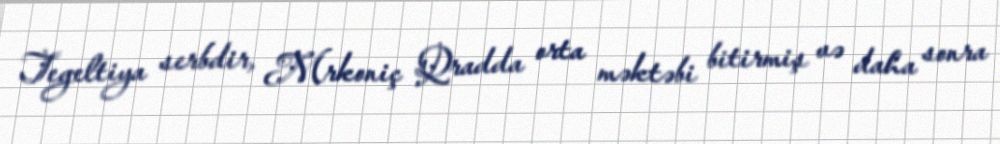
Tegeltiya serbdir, Mrkoniç Qradda orta məktəbi bitirmiş və daha sonra